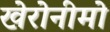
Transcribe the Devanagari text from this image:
खेरोनीमो